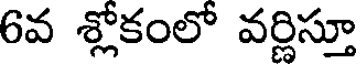
6వ శ్లోకంలో వర్ణిస్తూ